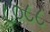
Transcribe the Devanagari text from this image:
८०८८